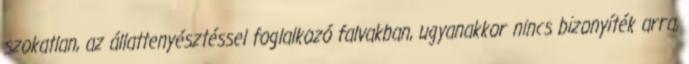
szokatlan, az állattenyésztéssel foglalkozó falvakban, ugyanakkor nincs bizonyíték arra,